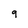
Character: 9